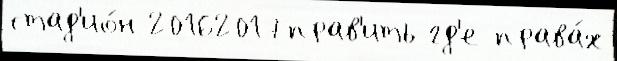
стад'ио́н 20162017прав'ить гд'е права́х